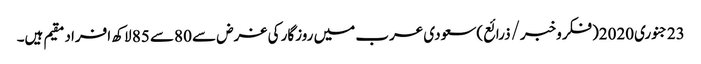
23جنوری2020(فکروخبر/ذرائع)سعودی عرب میں روزگار کی غرض سے 80سے 85 لاکھ افراد مقیم ہیں۔